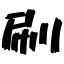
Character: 刷